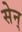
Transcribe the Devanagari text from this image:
सेन्‌